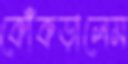
কোঁকড়ালেম